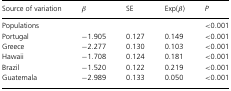
<table><thead><tr><td><b>Source of variation</b></td><td><b>β</b></td><td><b>SE</b></td><td><b>Exp(β)</b></td><td><b><i>P</i></b></td></tr></thead><tbody><tr><td>Populations</td><td></td><td></td><td></td><td>&lt;0.001</td></tr><tr><td>Portugal</td><td>−1.905</td><td>0.127</td><td>0.149</td><td>&lt;0.001</td></tr><tr><td>Greece</td><td>−2.277</td><td>0.130</td><td>0.103</td><td>&lt;0.001</td></tr><tr><td>Hawaii</td><td>−1.708</td><td>0.124</td><td>0.181</td><td>&lt;0.001</td></tr><tr><td>Brazil</td><td>−1.520</td><td>0.122</td><td>0.219</td><td>&lt;0.001</td></tr><tr><td>Guatemala</td><td>−2.989</td><td>0.133</td><td>0.050</td><td>&lt;0.001</td></tr></tbody></table>